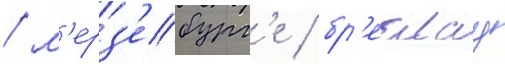
/ м'ерз'ебург'е / бр'еслау